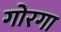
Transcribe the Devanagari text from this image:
गोरगा